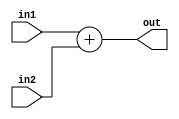
`timescale 1ns/1ns
module Adder(in1, in2, out);
  parameter Length = 32;
  input[Length-1:0] in1, in2;
  output[Length-1:0] out;
  
  assign out = in1+in2;
endmodule